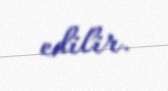
edilir.